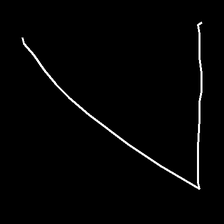
Glyph: region